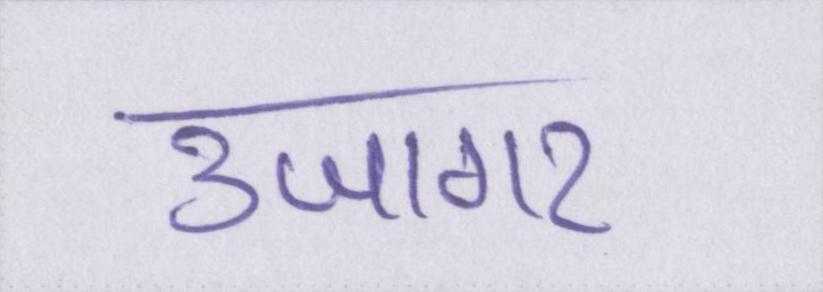
उजागर